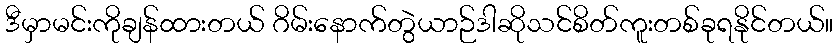
ဒီမှာမင်းကိုချန်ထားတယ် ဂိမ်းနောက်တွဲယာဉ်ဒါဆိုသင်စိတ်ကူးတစ်ခုရနိုင်တယ်။